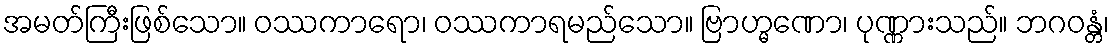
အမတ်ကြီးဖြစ်သော။ ဝဿကာရော၊ ဝဿကာရမည်သော။ ဗြာဟ္မဏော၊ ပုဏ္ဏားသည်။ ဘဂဝန္တံ၊